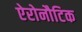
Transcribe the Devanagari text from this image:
ऐरोनौटिक